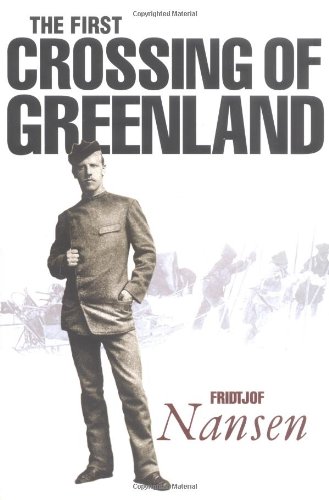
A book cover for The First Crossing of Greenland; Fridtjof Nansen; Travel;